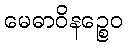
မေဓာဝိနဉ္စေဝ